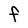
Character: F